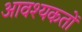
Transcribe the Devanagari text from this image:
आवश्यकतों